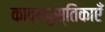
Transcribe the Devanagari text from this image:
काव्यपुस्तिकाएँ